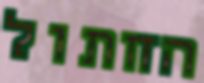
החתול